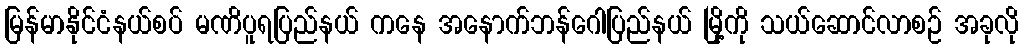
မြန်မာနိုင်ငံနယ်စပ် မဏိပူရပြည်နယ် ကနေ အနောက်ဘန်ဂေါပြည်နယ် မြို့ကို သယ်ဆောင်လာစဉ် အခုလို